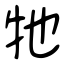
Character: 牠